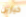
خيارين